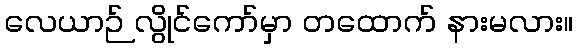
လေယာဉ် လွိုင်ကော်မှာ တထောက် နားမလား။